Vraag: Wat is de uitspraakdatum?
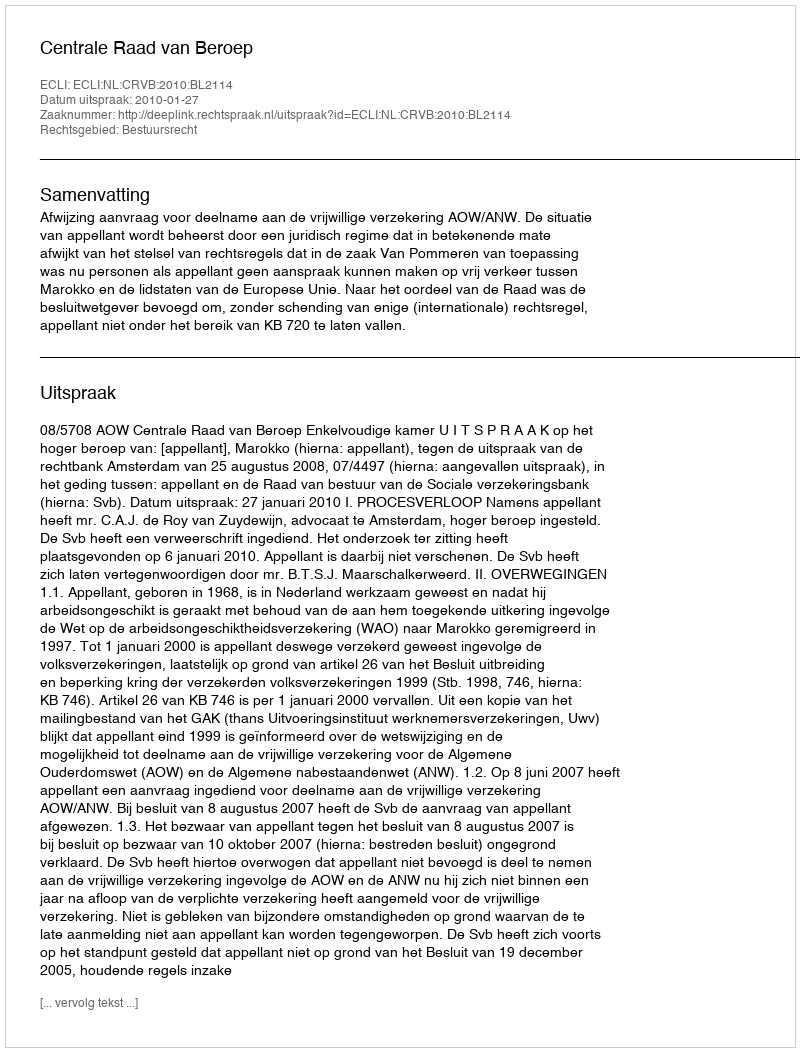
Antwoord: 2010-01-27